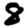
Digit: 8